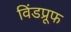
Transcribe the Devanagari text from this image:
विंडप्रूफ